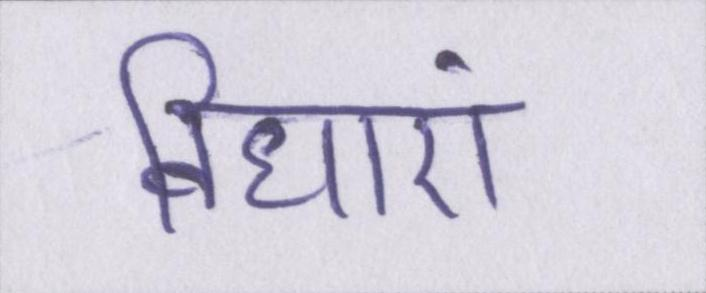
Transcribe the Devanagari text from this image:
विधाएं